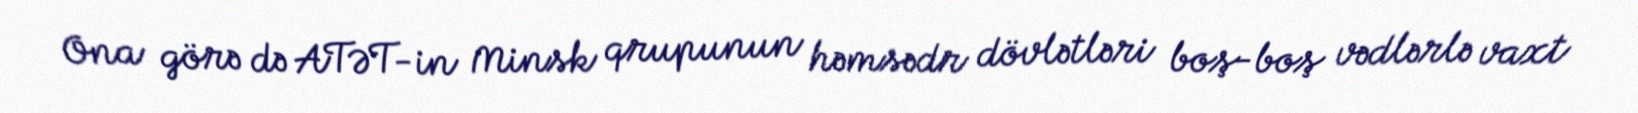
Ona görə də ATƏT-in Minsk qrupunun həmsədr dövlətləri boş-boş vədlərlə vaxt